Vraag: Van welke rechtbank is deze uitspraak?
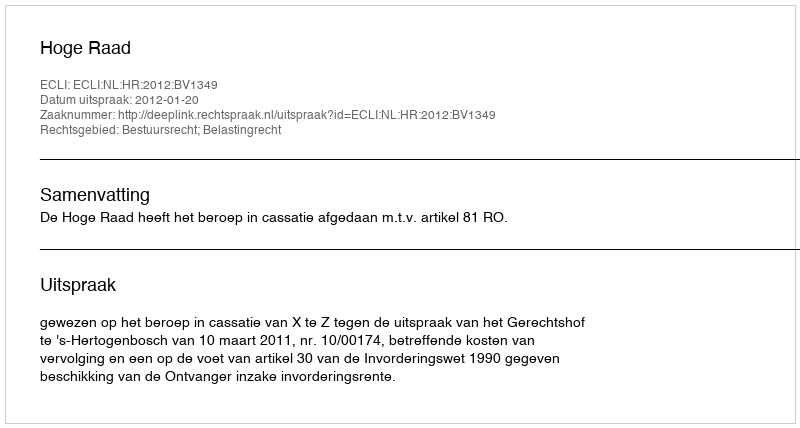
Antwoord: Hoge Raad